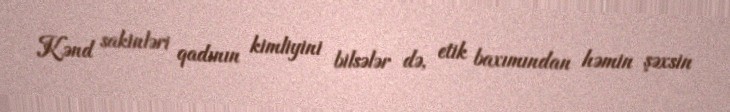
Kənd sakinləri qadının kimliyini bilsələr də, etik baxımından həmin şəxsin